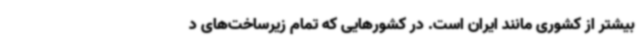
بیشتر از کشوری مانند ایران است. در کشورهایی که تمام زیرساخت‌های د